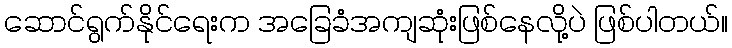
ဆောင်ရွက်နိုင်ရေးက အခြေခံအကျဆုံးဖြစ်နေလို့ပဲ ဖြစ်ပါတယ်။